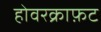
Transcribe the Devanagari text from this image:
होवरक्राफ़ट